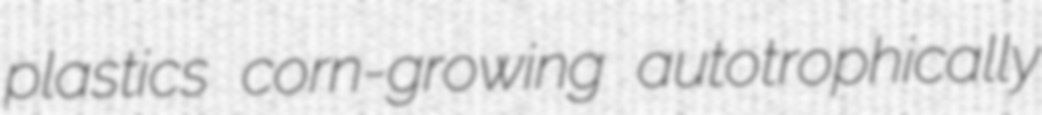
plastics corn-growing autotrophically